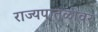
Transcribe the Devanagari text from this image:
राज्यपातळीवर